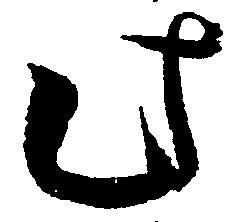
此